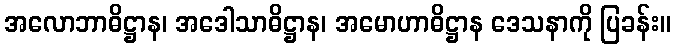
အလောဘာဓိဋ္ဌာန၊ အဒေါသာဓိဋ္ဌာန၊ အမောဟာဓိဋ္ဌာန ဒေသနာကို ပြခန်း။